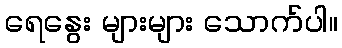
ရေနွေး များများ သောက်ပါ။